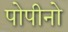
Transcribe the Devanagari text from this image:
पोपीनो